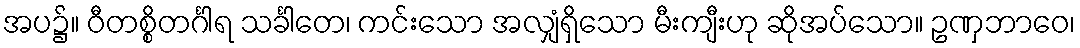
အပ၌။ ဝီတစ္စိတင်္ဂါရ သင်္ခါတေ၊ ကင်းသော အလျှံရှိသော မီးကျီးဟု ဆိုအပ်သော။ ဥဏှဘာဝေ၊